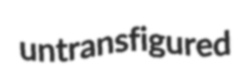
untransfigured